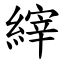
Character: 縡